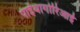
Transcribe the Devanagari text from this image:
पाईथागोरिआई